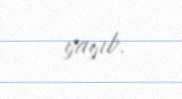
yayıb.